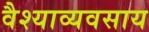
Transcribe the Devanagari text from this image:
वैश्याव्यवसाय